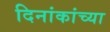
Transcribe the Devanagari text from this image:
दिनांकांच्या